Report of an investigation in regard to the prevalence of stegomyia and other mosquitoes in Karachi, and the measures necessary for their control
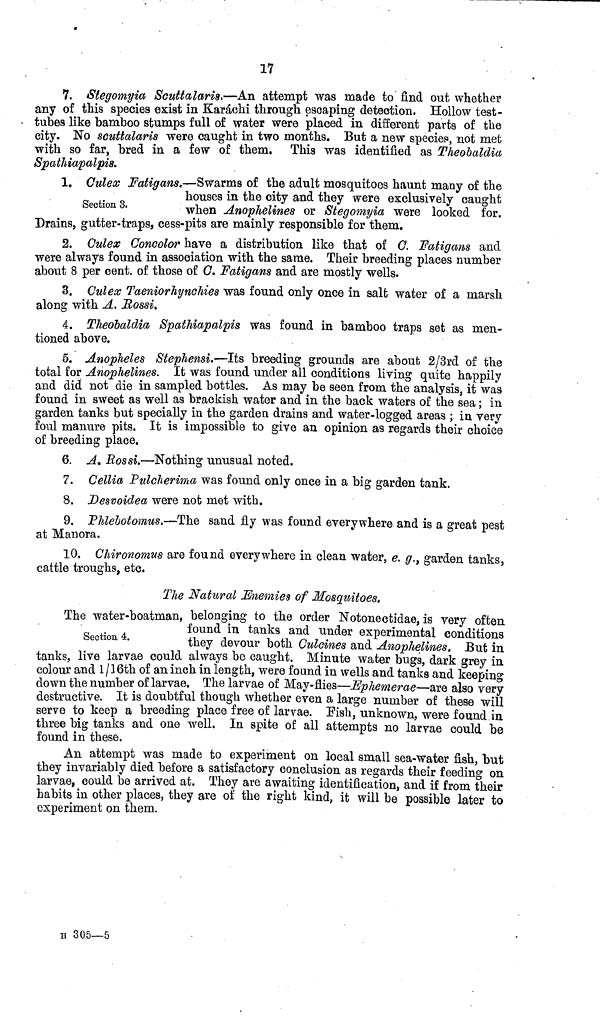
17
7. Stegomyia Scuttalaris,—An attempt was made to find out whether
any of this species exist in Karachi through escaping detection. Hollow test-
tubes like bamboo stumps full of water were placed in different parts of the
city. No scuttalaris were caught in two months. But a new species, not met
with so far, bred in a few of them. This was identified as Theobaldia
Spathiapalpis.
Section 3.
1. Culex Fatigans,—Swarms of the adult mosquitoes haunt many of the
nouses in the city and they were exclusively caught
when Anophelines or Stegomyia were looked for.
Drains, gutter-traps, cess-pits are mainly responsible for them.
2. Culex Concolor have a distribution like that of C. Fatigans and
were always found in association with the same. Their breeding places number
about 8 per cent. of those of C. Fatigans and are mostly wells.
3. Culex Taeniorhynchies was found only once in salt water of a marsh
along with A. Rossi.
4. Theobaldia Spathiapalpis was found in bamboo traps set as men-
tioned above.
5. Anopheles Stephensi.—Its breeding grounds are about 2/3rd of the
total for Anophelines. It was found under all conditions living quite happily
and did not die in sampled bottles. As may be seen from the analysis it was
found in sweet as well as brackish water and in the back waters of the sea; in
garden tanks but specially in the garden drains and water-logged areas ; in very
foul manure pits. It is impossible to give an opinion as regards their choice
of breeding place.
6. A. Rossi.—Nothing unusual noted.
7. Cellia Pulcherima was found only once in a big garden tank.
8. Desvoidea were not met with.
9. Phlebotomus.—The sand fly was found everywhere and is a great pest
at Manora.
10. Chironomus are found everywhere in clean water, e. g., garden tanks
cattle troughs, etc.
'
The Natural Enemies of Mosquitoes.
Section 4.
The water-boatman, belonging to the order Notonectidae, is very often
found in tanks and under experimental conditions
they devour both Culcines and Anophelines. But in
tanks, live larvae could always be caught. Minute water bugs, dark grey in
colour and l/16th of an inch in length, were found in wells and tanks and keeping
down the number of larvae. The larvae of May-flies—Ephemerae—are also very
destructive. It is doubtful though whether even a large number of these will
serve to keep a breeding place free of larvae. Fish, unknown, were found in
three big tanks and one well. In spite of all attempts no larvae could be
found in these.
An attempt was made to experiment on local small sea-water fish, but
they invariably died before a satisfactory conclusion as regards their feeding on
larvae, could be arrived at. They are awaiting identification, and if from their
habits in other places, they are of the right kind, it will be possible later to
experiment on them.
H 305—5